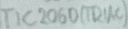
Text: TIC206D(TRIAC)